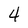
Character: 4